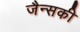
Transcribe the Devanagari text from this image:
जैन्सकी